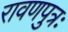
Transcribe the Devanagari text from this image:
रावणपुत्रः